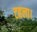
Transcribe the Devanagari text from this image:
टहला।